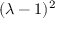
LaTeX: \ ( \lambda - 1 ) ^ { 2 }